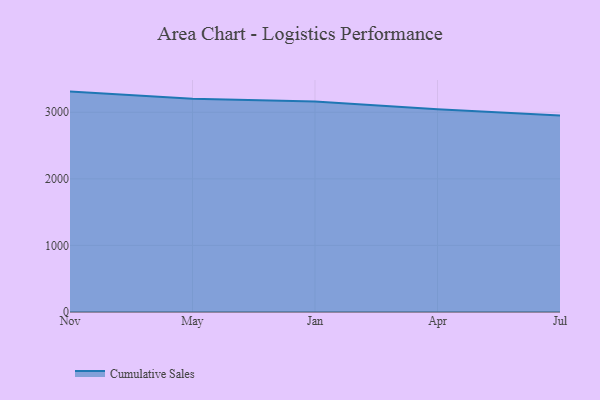
{"axis": {"x": "Month", "y": "Demand Index"}, "legend": ["Cumulative Sales"], "data": [{"x": "Nov", "y": 3310.4, "type": "Cumulative Sales"}, {"x": "May", "y": 3203.5, "type": "Cumulative Sales"}, {"x": "Jan", "y": 3163.5, "type": "Cumulative Sales"}, {"x": "Apr", "y": 3043.6, "type": "Cumulative Sales"}, {"x": "Jul", "y": 2952.0, "type": "Cumulative Sales"}]}